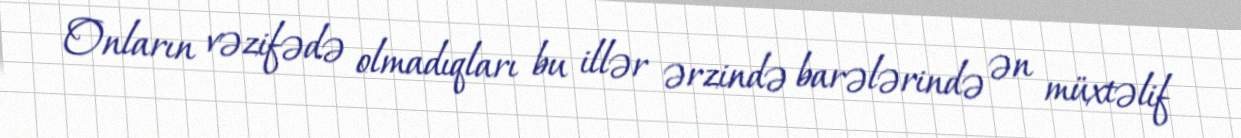
Onların vəzifədə olmadıqları bu illər ərzində barələrində ən müxtəlif